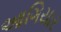
આગિયાર